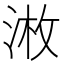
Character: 𱦲